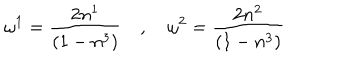
\omega ^ { 1 } = \frac { 2 n ^ { 1 } } { ( 1 - n ^ { 3 } ) } \quad , \quad \omega ^ { 2 } = \frac { 2 n ^ { 2 } } { ( 1 - n ^ { 3 } ) }